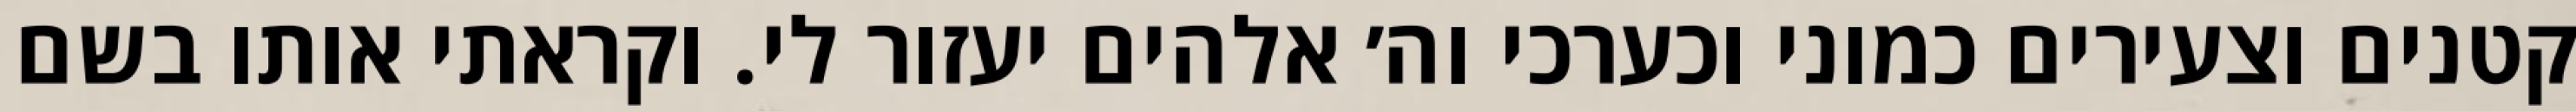
קטנים וצעירים כמוני וכערכי וה׳ אלהים יעזור לי. וקראתי אותו בשם